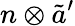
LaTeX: n\otimes{\tilde{a}}^{\prime}